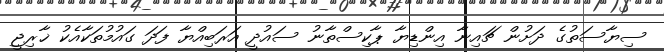
ސިޔާސަތުގެ ދަށުން ޗައިނާ އިންޑިޔާ ޕާކިސްތާނު ސައުދީ އަރަބިއްޔާ ފަދަ ގައުމުތަކާއެކު ޚާރިޖީ